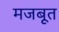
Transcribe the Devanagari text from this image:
मजबूूत